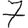
Digit: 7